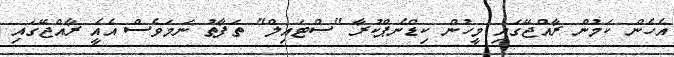
އެހެން ކަމުން ރާއްޖޭގައި މީހުން ކިޑްނެޕްކުރާ "ސްޓައިލް" ތަފާތު ނަމަވެސް އެއެީ ރާއްޖޭގައި